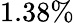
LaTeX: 1.38\%